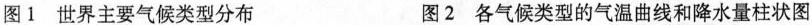
图1 世界主要气候类型分布 图2 各气候类型的气温曲线和降水量柱状图